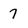
Character: 7